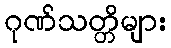
ဂုဏ်သတ္တိများ